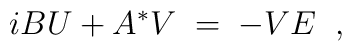
i B U + A^* V \;=\;- V E \;\;,